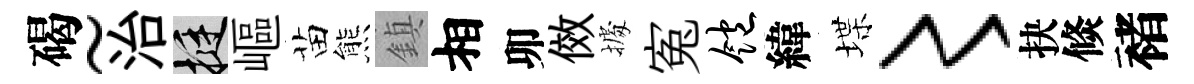
碣~治挺嶇苗熊鎮相卯傚𢴃寃饱緯堞〻抉倐褚